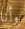
وأنا